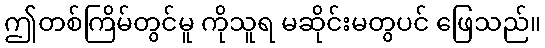
ဤတစ်ကြိမ်တွင်မူ ကိုသူရ မဆိုင်းမတွပင် ဖြေသည်။